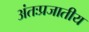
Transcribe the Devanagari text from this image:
अंतःप्रजातीय